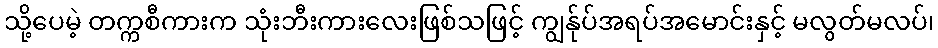
သို့ပေမဲ့ တက္ကစီကားက သုံးဘီးကားလေးဖြစ်သဖြင့် ကျွန်ုပ်အရပ်အမောင်းနှင့် မလွတ်မလပ်၊